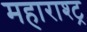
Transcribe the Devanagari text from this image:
महाराश्ट्र